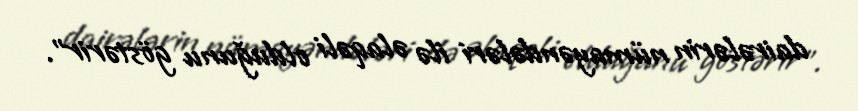
dairələrin nümayəndələri ilə əlaqəli olduğunu göstərir”.